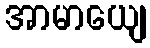
အာမာယျေ